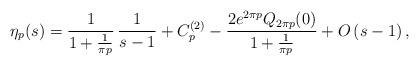
LaTeX: \begin{align*}\eta_{p}(s)=\frac{1}{1+\frac{1}{\pi p}}\,\frac{1}{s-1}+C_{p}^{(2)}-\frac{2e^{2\pi p}Q_{2\pi p}(0)}{1+\frac{1}{\pi p}}+O\left(s-1\right),\end{align*}